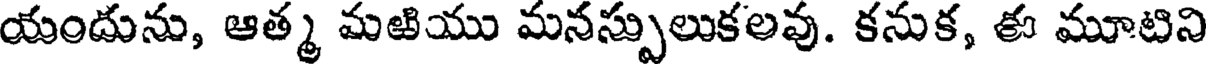
యందును, ఆత్మ మఱియు మనస్పులుకలవు. కనుక, ఈ మూటిని